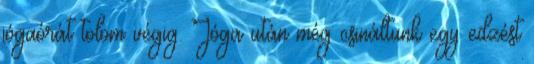
jógaórát tolom végig. Jóga után még csináltunk egy edzést